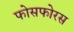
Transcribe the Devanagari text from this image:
फोसफोरस